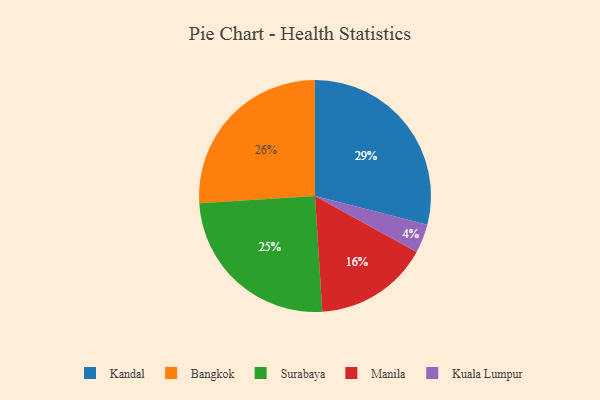
{"axis": {"x": "Category", "y": "Percentage"}, "legend": ["Bangkok", "Kandal", "Kuala Lumpur", "Manila", "Surabaya"], "data": [{"x": "Bangkok", "y": 26, "type": "Bangkok"}, {"x": "Kandal", "y": 29, "type": "Kandal"}, {"x": "Surabaya", "y": 25, "type": "Surabaya"}, {"x": "Kuala Lumpur", "y": 4, "type": "Kuala Lumpur"}, {"x": "Manila", "y": 16, "type": "Manila"}]}